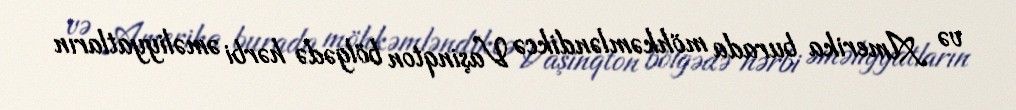
və Amerika burada möhkəmləndikcə Vaşinqton bölgədə hərbi əməliyyatların